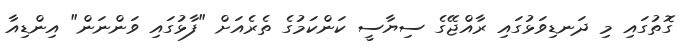
ގޮތުގައި މި ދަނޑިވަޅުގައި ރާއްޖޭގެ ސިޔާސީ ކަންކަމުގެ ތެރެއަށް "ފާޅުގައި ވަންނަން" އިންޑިއާ